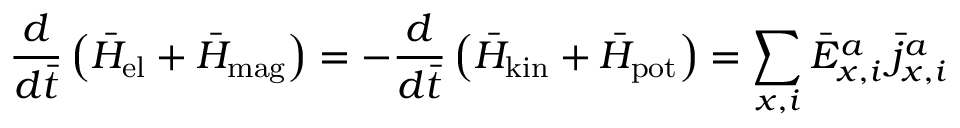
{ \frac { d } { d \bar { t } } } \left( \bar { H } _ { \mathrm { e l } } + \bar { H } _ { \mathrm { m a g } } \right) = - { \frac { d } { d \bar { t } } } \left( \bar { H } _ { \mathrm { k i n } } + \bar { H } _ { \mathrm { p o t } } \right) = \sum _ { x , i } \bar { E } _ { x , i } ^ { a } \, { \bar { j } } _ { x , i } ^ { a }